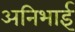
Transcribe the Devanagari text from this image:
अनिभाई